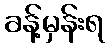
ခန့်မှန်းရ